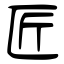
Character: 匠